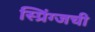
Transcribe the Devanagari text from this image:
स्प्रिंग्जची